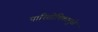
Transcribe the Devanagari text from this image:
पारितोषिकामुळे